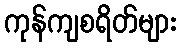
ကုန်ကျစရိတ်များ